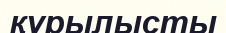
құрылысты